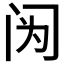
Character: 𰿫